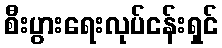
စီးပွားရေးလုပ်ငန်းရှင်